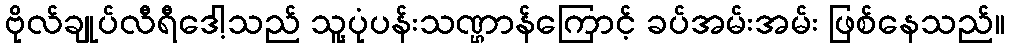
ဗိုလ်ချုပ်လီရီဒေါ့သည် သူ့ပုံပန်းသဏ္ဌာန်ကြောင့် ခပ်အမ်းအမ်း ဖြစ်နေသည်။